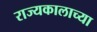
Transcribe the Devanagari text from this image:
राज्यकालाच्या